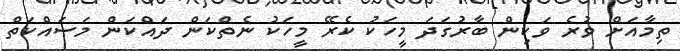
ތިމާއަށް ވުރެ ވަކިން ބާރުގަދަ މީހަކު ކެރޭ މީހަކު ނެތްކަން ދައްކަން މަސައްކަތް